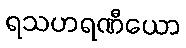
ရသဟရဏီယော